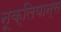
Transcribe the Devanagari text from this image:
नूक्लियान्स